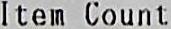
ITEM COUNT